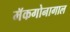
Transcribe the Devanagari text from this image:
मॅकगोनागाल